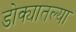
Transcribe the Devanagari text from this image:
डोक्यातल्या